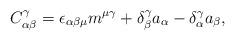
LaTeX: \begin{align*}C_{\alpha \beta }^\gamma =\epsilon _{\alpha \beta \mu }m^{\mu \gamma}+\delta _\beta ^\gamma a_\alpha -\delta _\alpha ^\gamma a_\beta ,\end{align*}